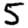
Digit: 5